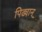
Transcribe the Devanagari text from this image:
पिढ्यान्‌